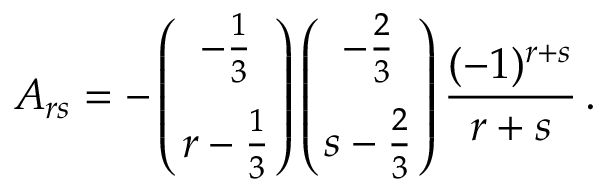
A _ { r s } = - \left( { - { \frac { 1 } { 3 } } \atop { r - { \frac { 1 } { 3 } } } } \right) \left( { - { \frac { 2 } { 3 } } \atop { s - { \frac { 2 } { 3 } } } } \right) { \frac { ( - 1 ) ^ { r + s } } { r + s } } \, .